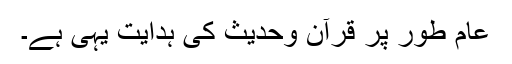
عام طور پر قرآن وحدیث کی ہدایت یہی ہے۔